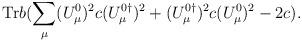
LaTeX: \begin{align*}\hbox{Tr}b ( \sum_\mu (U_\mu^0)^2 c (U_\mu^{0\dagger})^2+(U_\mu^{0\dagger})^2 c (U_\mu^{0})^2 -2c ).\end{align*}